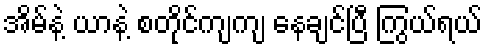
အိမ်နဲ့ ယာနဲ့ စတိုင်ကျကျ နေချင်ပြီ ကြွယ်ရယ်